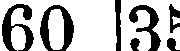
60 |35